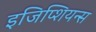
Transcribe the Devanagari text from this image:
इजिप्शियन्स